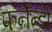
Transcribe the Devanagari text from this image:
फर्नॅन्डो